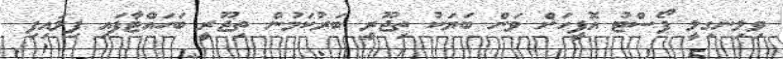
ވިލިނގިލީ ޕޯސްޓު އޮފީހަށް ވަން ބަޔަކު ތިޖޫރީ ބަރުކަމުން ތިޖޫރީ ބަހައްޓާފައި ފިލައިފި